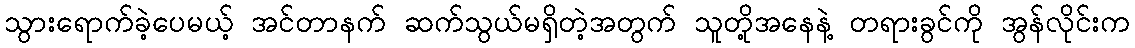
သွားရောက်ခဲ့ပေမယ့် အင်တာနက် ဆက်သွယ်မရှိတဲ့အတွက် သူတို့အနေနဲ့ တရားခွင်ကို အွန်လိုင်းက